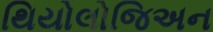
થિયોલોજિઅન